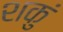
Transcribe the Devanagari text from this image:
शकुं